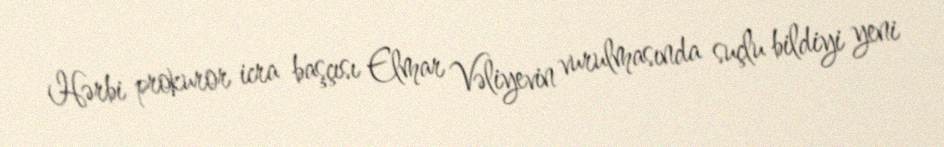
Hərbi prokuror icra başçısı Elmar Vəliyevin vurulmasında suçlu bildiyi yeni